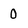
Character: 0